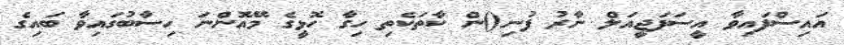
އައިސްފައިވާ އީސަފަޖީއަލް ނާރު ފުނި()ން ކާތަކެތި ހިގާ ހޮޅީގެ މޭއޮންނަ ހިސާބުގައިވާ ބައިގެ